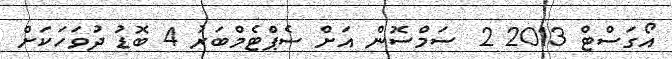
އޯގަސްޓް 2013 2  ސަމްސޮން އަށް ސެޕްޓެމްބަރު 4 ބޮޑު ދުވަހަކަށް